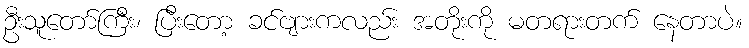
ဦးသူတော်ကြီး၊ ပြီးတော့ ခင်ဗျားကလည်း အတိုးကို မတရားတက် နေတာပဲ။